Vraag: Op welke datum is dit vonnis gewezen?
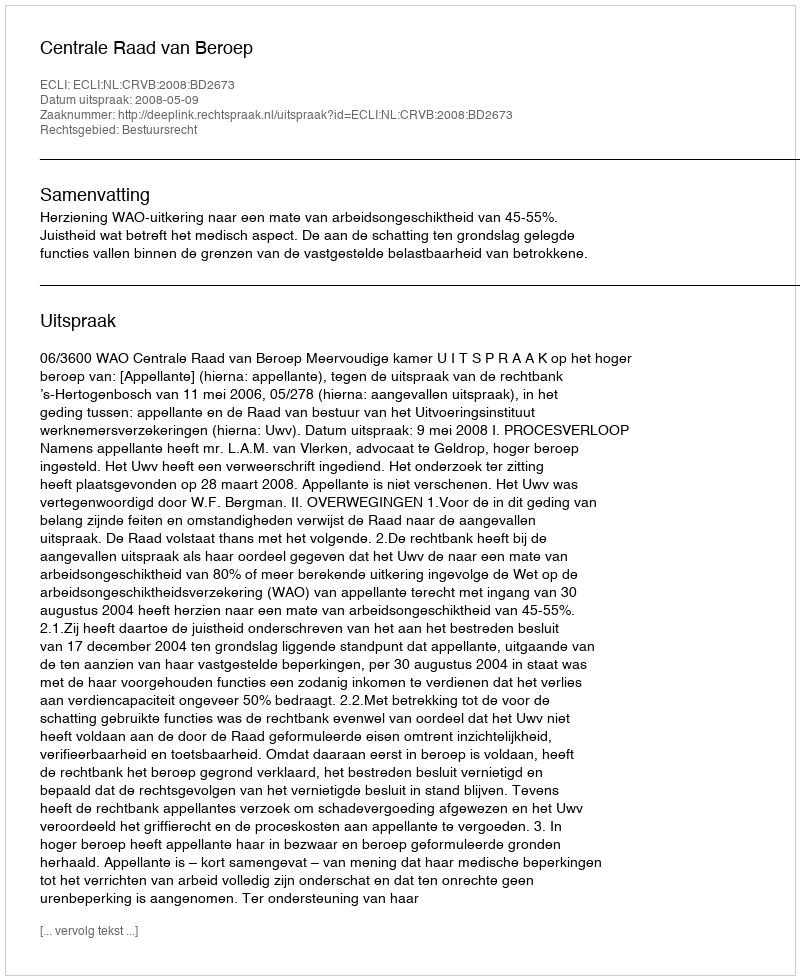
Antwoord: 2008-05-09